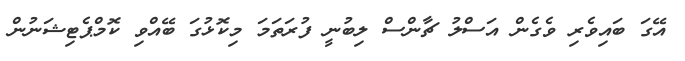
އޭގަ ބައިވެރި ވެގެން އަސްލު ޗާންސް ލިބުނީ ފުރަތަމަ މިކޮޅުގަ ބޭއްވި ކޮމްޕެޓިޝަނުން